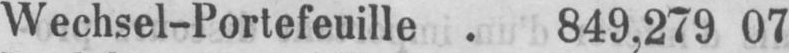
Wechsel-Portefeuille . 849,279 07